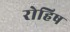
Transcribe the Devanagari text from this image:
रोहिष